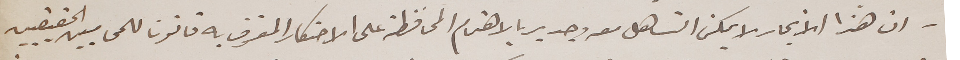
_ ان هذا الاتجار لا يمكن التساهل معه وجدير بالاهتمام المحافظة على الاحتكار المعترف به قانونا للمحاميين الحقيقيين